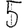
Digit: 5